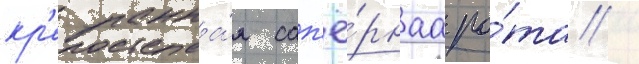
кр'епостна́я сап'ё́рнаа ро́та /